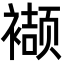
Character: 𮖱